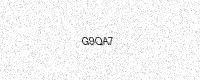
Text: G9QA7